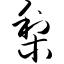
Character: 梨